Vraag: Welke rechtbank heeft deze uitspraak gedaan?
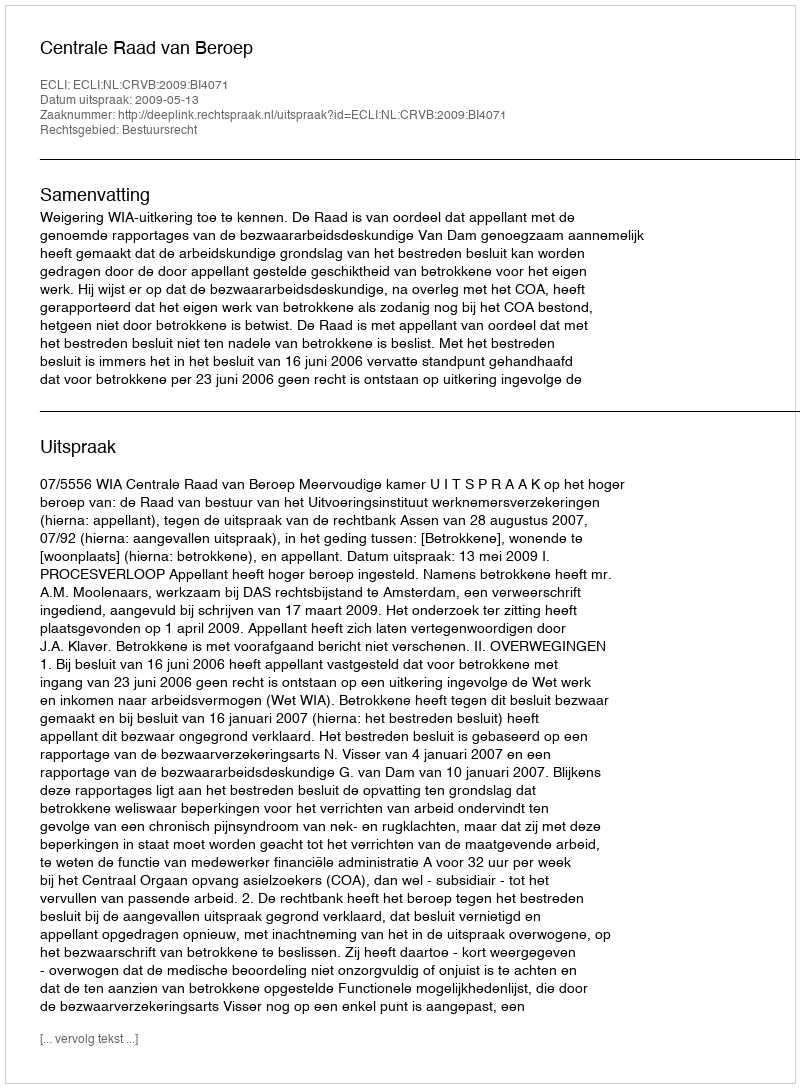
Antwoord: Centrale Raad van Beroep